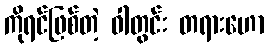
ကိုရင်ဖြစ်တဲ့ ဝါတွင်း တရားဟော